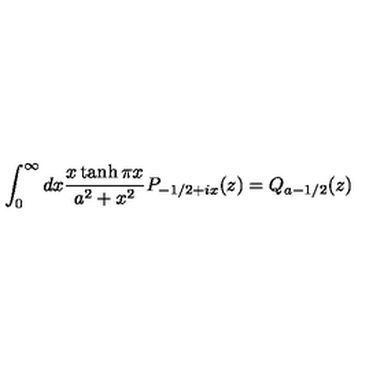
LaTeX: \int _ { 0 } ^ { \infty } d x \frac { x \tanh \pi x } { a ^ { 2 } + x ^ { 2 } } P _ { - 1 / 2 + i x } ( z ) = Q _ { a - 1 / 2 } ( z )